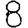
Digit: 8